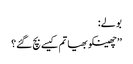
بولے:
’’چھینکو بھیا تم کیسے بچ گئے؟